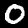
Digit: 0